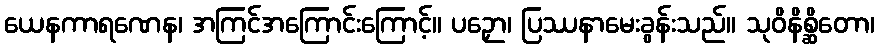
ယေနကာရဏေန၊ အကြင်အကြောင်းကြောင့်။ ပဉှော၊ ပြဿနာမေးခွန်းသည်။ သုဝိနိစ္ဆိတော၊